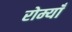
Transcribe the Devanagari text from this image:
रोम्याँ